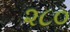
૨૮૦